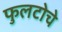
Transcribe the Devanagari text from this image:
फुलटोचे